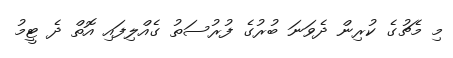
މި މެޗުގެ ކުރިން ދެވަނަ ބުރުގެ ފުރުސަތު ގެއްލިފައި އޮތް ދެ ޓީމު